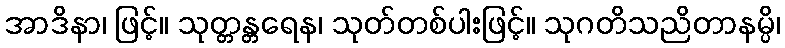
အာဒိနာ၊ ဖြင့်။ သုတ္တန္တရေန၊ သုတ်တစ်ပါးဖြင့်။ သုဂတိသညိတာနမ္ပိ၊